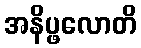
အနိပ္ဖလောတိ